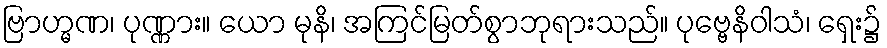
ဗြာဟ္မဏ၊ ပုဏ္ဏား။ ယော မုနိ၊ အကြင်မြတ်စွာဘုရားသည်။ ပုဗ္ဗေနိဝါသံ၊ ရှေး၌